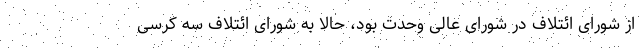
از شورای ائتلاف در شورای عالی وحدت بود، حالا به شورای ائتلاف سه کرسی